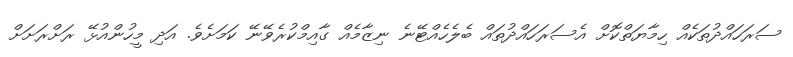
ސަރަހައްދުތަކެއް ހިމާޔަތްކޮށް އެސަރަހައްދުތައް ބެލެހެއްޓޭނެ ނިޒާމެއް ގާއިމްކުރެވޭނޭ ކަމަށެވެ. އަދި މީހުންއުޅޭ ރަށްރަށަށް